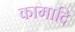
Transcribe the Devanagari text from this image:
कामादि